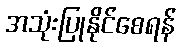
အသုံးပြုနိုင်စေရန်